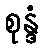
စုန္ဒံ